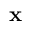
{ \bf x }